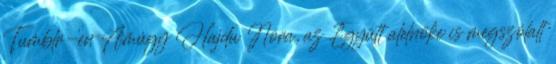
Tumblr-en Amúgy Hajdu Nóra, az Együtt alelnöke is megszólalt